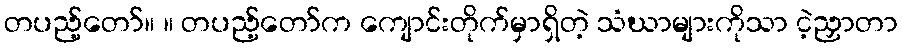
တပည့်တော်။ ။ တပည့်တော်က ကျောင်းတိုက်မှာရှိတဲ့ သံဃာများကိုသာ ငဲ့ညှာတာ